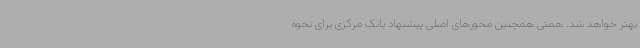
بهتر خواهد شد. همتی همچنین محورهای اصلی پیشنهاد بانک مرکزی برای نحوه